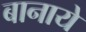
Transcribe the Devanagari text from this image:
बानाये